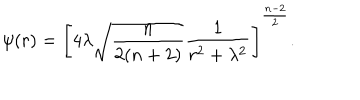
\psi ( r ) = \left[ 4 \lambda \sqrt { { \frac { n } { 2 ( n + 2 ) } } } { \frac { 1 } { r ^ { 2 } + \lambda ^ { 2 } } } \right] ^ { \frac { n - 2 } { 2 } } .